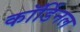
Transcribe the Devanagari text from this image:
कॉर्डिनल